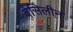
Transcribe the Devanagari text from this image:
वेसिलीन